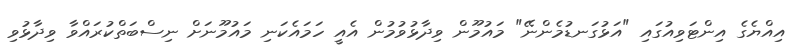
އިއްޔެގެ އިންޓަވިއުގައި "އަޅުގަނޑުމެންނޭ" މައުމޫން ވިދާޅުވުމުން އެއީ ހަމައެކަނި މައުމޫނަށް ނިސްބަތްކުރައްވާ ވިދާޅުވި